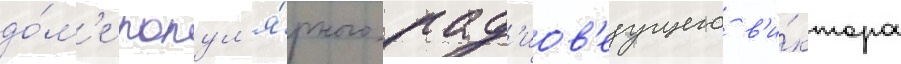
до́м'е попул'я́рного рад'иов'едущего в'и́ктора